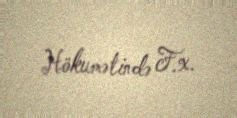
Hökumətində F.x.